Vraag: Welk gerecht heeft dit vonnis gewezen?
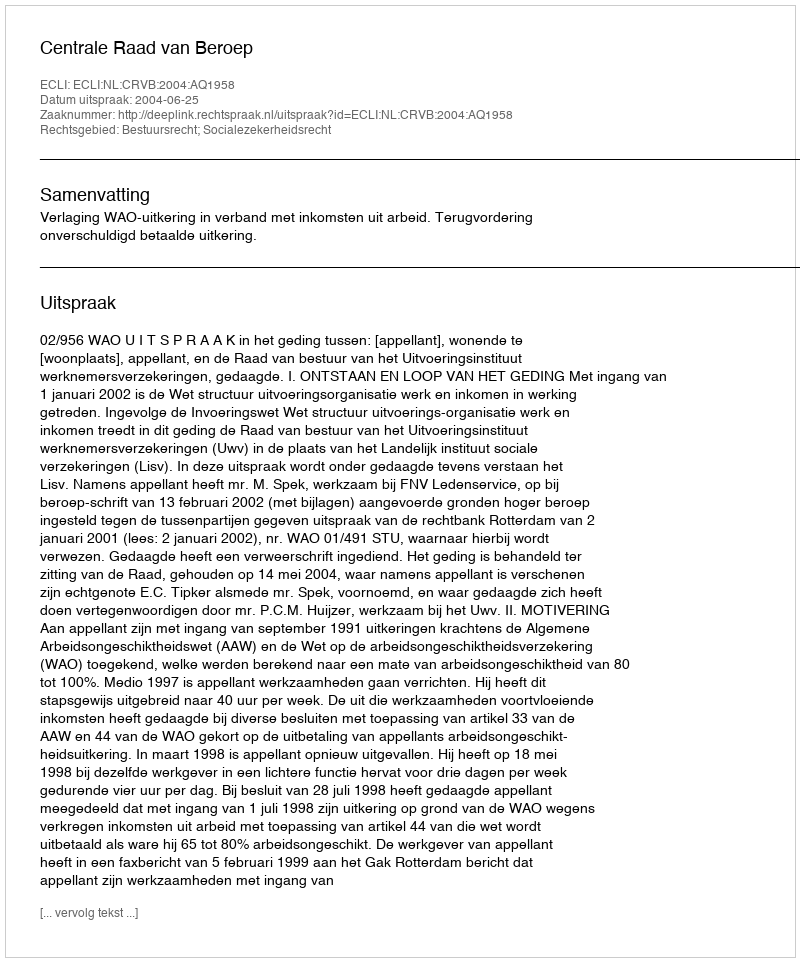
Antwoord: Centrale Raad van Beroep